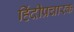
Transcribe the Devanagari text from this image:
हिंदीप्रचारक